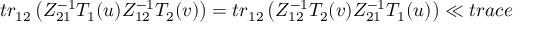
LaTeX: t r _ { 1 2 } \left( Z _ { 2 1 } ^ { - 1 } T _ { 1 } ( u ) Z _ { 1 2 } ^ { - 1 } T _ { 2 } ( v ) \right) = t r _ { 1 2 } \left( Z _ { 1 2 } ^ { - 1 } T _ { 2 } ( v ) Z _ { 2 1 } ^ { - 1 } T _ { 1 } ( u ) \right) \ll { t r a c e }